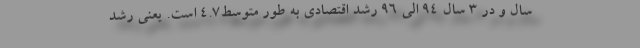
سال و در 3 سال 94 الی 96 رشد اقتصادی به طور متوسط4.7 است. یعنی رشد